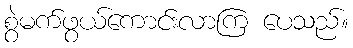
စွဲမက်ဖွယ်ကောင်းလာကြ ပေသည်။